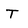
Character: T